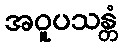
အဝူပသန္တံ